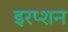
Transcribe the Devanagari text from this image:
इरप्शन